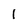
Character: 1